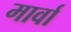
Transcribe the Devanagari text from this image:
मार्वा